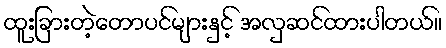
ထူးခြားတဲ့တောပင်များနှင့် အလှဆင်ထားပါတယ်။